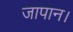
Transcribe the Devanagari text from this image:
जापान।